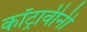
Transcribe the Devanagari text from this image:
कॉट्रावीनी